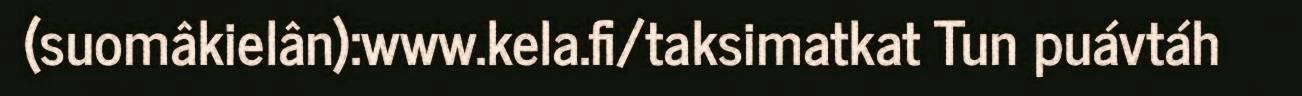
(suomâkielân):www.kela.fi/taksimatkat Tun puávtáh